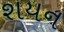
શયન